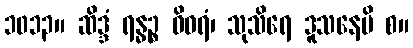
၁၀၁၃။ ဆိဒ္ဒံ ရန္ဓဉ္စ ဝိဝရံ၊ သုသိရေ ဒူသနေပိ စ။